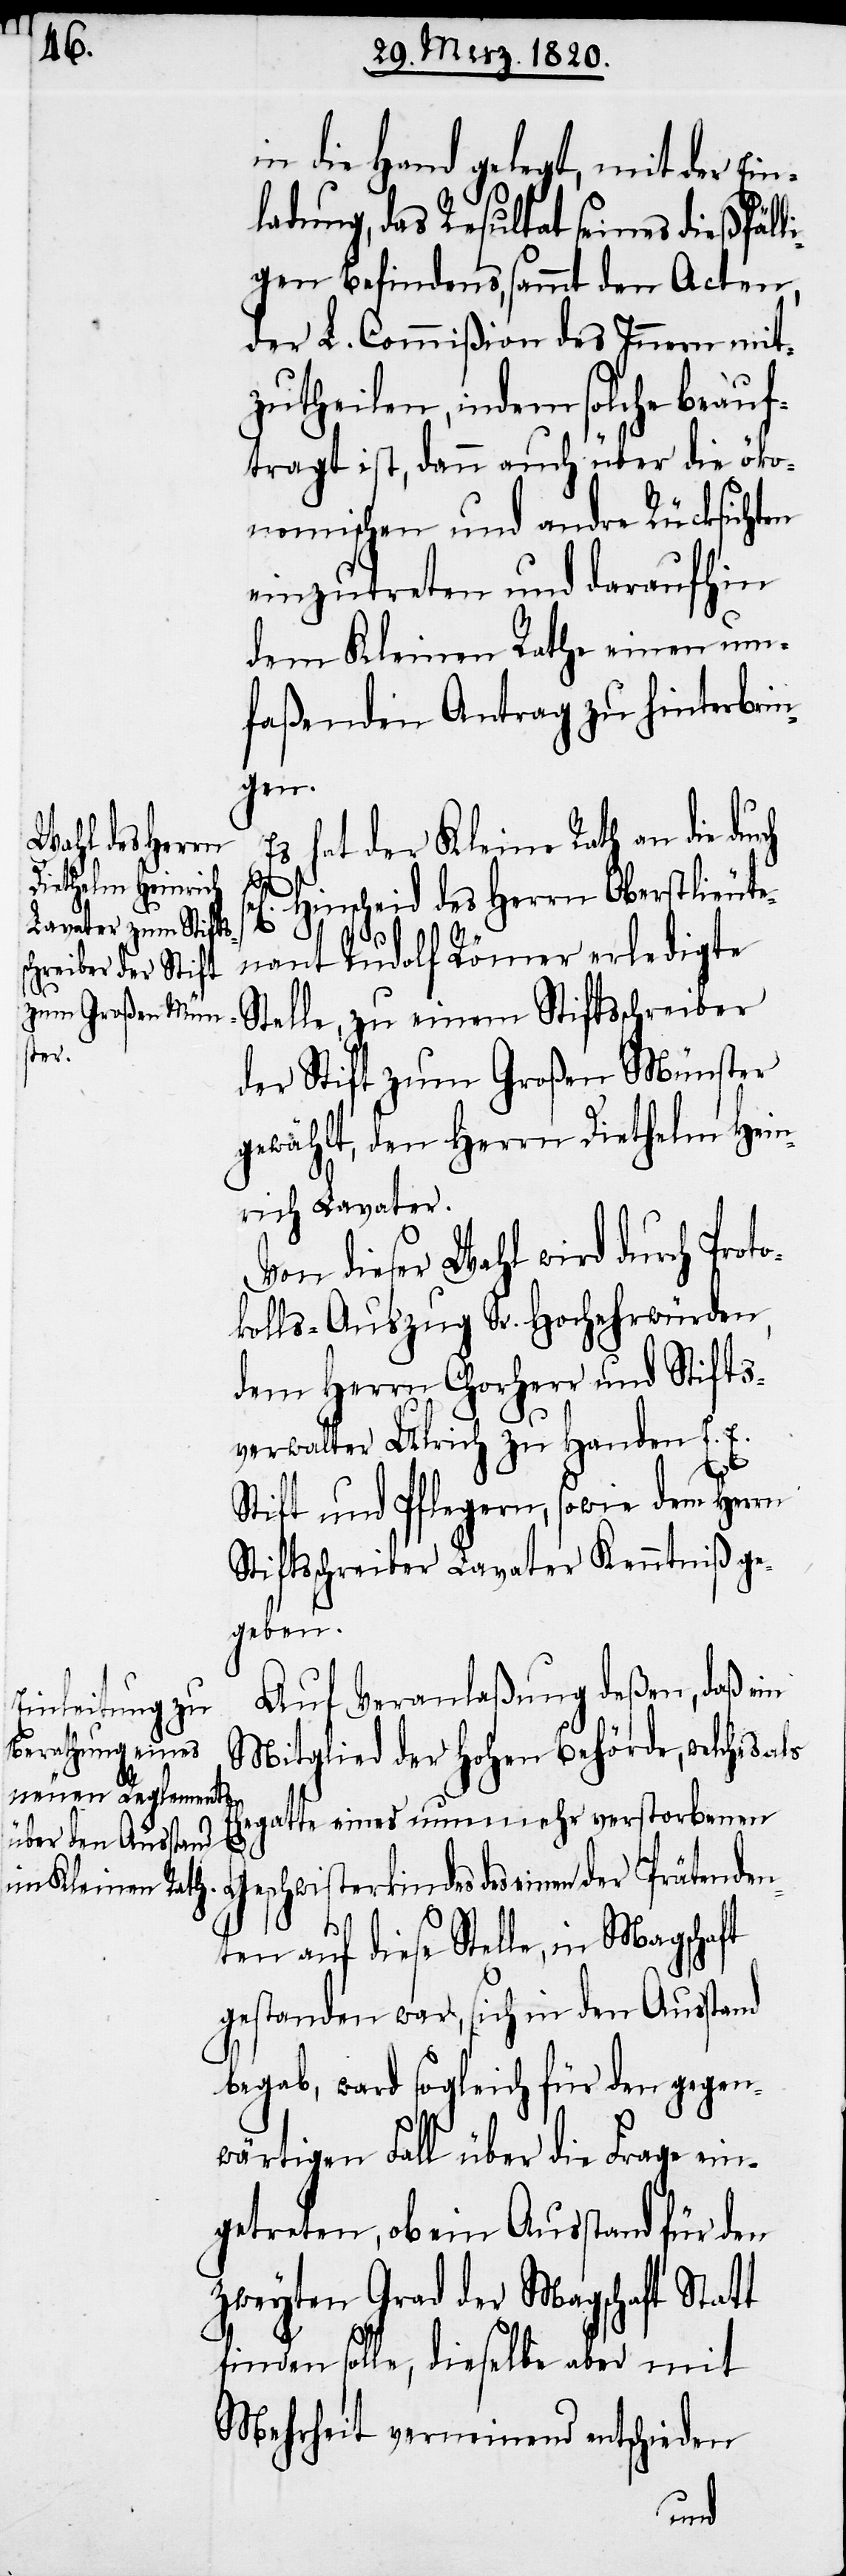
in die Hand gelegt, mit der Ein¬
ladung, das Resultat seines dießfälli¬
gen Befindens, sammt den Acten,
der L. Commißion des Innern mit¬
zutheilen, indem solche beauf¬
tragt ist, dann auch über die öko¬
nomischen und andre Rücksichten
einzutreten und daraufhin
dem Kleinen Rathe einen um¬
faßenden Antrag zu hinterbrin¬
den¬
Es hat der Kleine Rath an die dur¬
Hinscheid des Herrn Oberstlieute¬
nant Rudolf Römer erledigte
Stelle, zu einem Stiftsschreiber
der Stift zum Großen Münster
gewählt, den Herrn Diethelm Hein¬
rich Lavater.
Von dieser Wahl wird durch Proto¬
kolls-Auszug Sr. Hochehrwürden,
dem Herrn Chorherr und Stifts¬
verwalter Ulrich zu Handen E. E.
Stift und Pflegern, sowie dem Herrn
Stiftsschreiber Lavater Kenntniß ge¬
geben.
Auf Veranlaßung deßen, daß ein
Mitglied der hohen Behörde, welches als
Ehegatte eines nunmehr verstorbenen
Geschwisterkindes des einen der Präten¬
ten auf diese Stelle, in Magschaft
gestanden war, sich in den Ausstand
begab, ward sogleich für den gegen¬
wärtigen Fall über die Frage ein¬
getreten, ob ein Ausstand für den
zweyten Grad der Magschaft Statt
finden solle, dieselbe aber mit
Mehrheit verneinend entschieden
ch